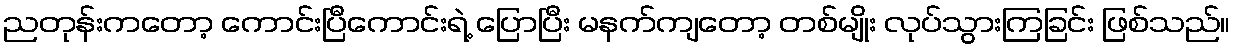
ညတုန်းကတော့ ကောင်းပြီကောင်းရဲ့ ပြောပြီး မနက်ကျတော့ တစ်မျိုး လုပ်သွားကြခြင်း ဖြစ်သည်။